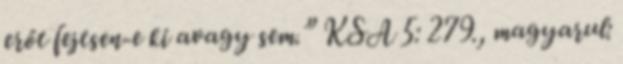
erőt fejtsen-e ki avagy sem.” KSA 5: 279., magyarul: